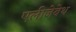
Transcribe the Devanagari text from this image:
एलीजेबेथ